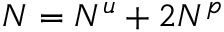
N = N ^ { u } + 2 N ^ { p }